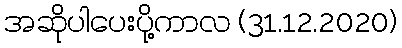
အဆိုပါပေးပို့ကာလ (31.12.2020)